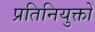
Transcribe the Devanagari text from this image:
प्रतिनियुक्तों